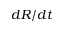
d R / d t